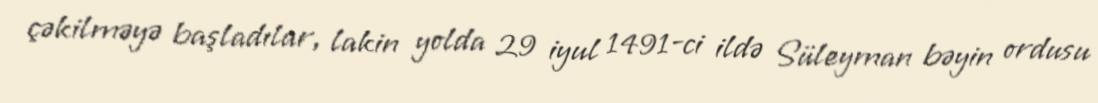
çəkilməyə başladılar, lakin yolda 29 iyul 1491-ci ildə Süleyman bəyin ordusu